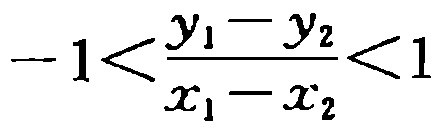
\(-1<\frac{y_{1}-y_{2}}{x_{1}-x_{2}}<1\)